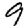
Digit: 9